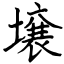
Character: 壌